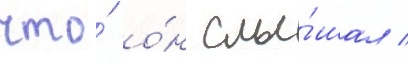
что́ о́н слы́шал /